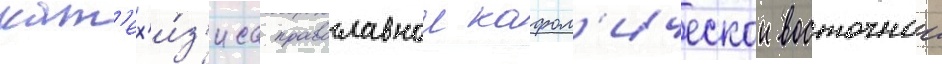
кат'ех'и́з'иса православнои кафол'ическои восточнои